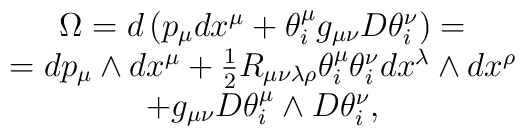
\begin{array}{c}\Omega=d\left(p_\mu dx^\mu +\theta^\mu_i g_{\mu\nu}D\theta^\nu_i\right)= \\=dp_\mu\wedge dx^\mu+\frac 12 R_{\mu\nu\lambda\rho}\theta^\mu_i\theta^\nu_i dx^\lambda\wedge dx^\rho\\+g_{\mu\nu}D\theta^\mu_i\wedge D\theta^\nu_i,\end{array}